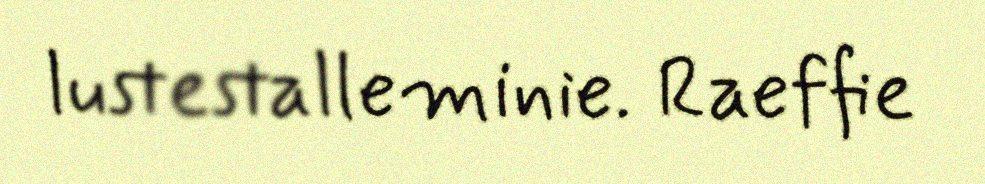
lustestalleminie. Raeffie